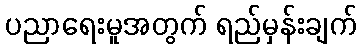
ပညာရေးမူအတွက် ရည်မှန်းချက်